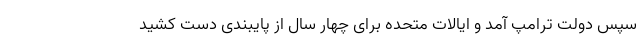
سپس دولت ترامپ آمد و ایالات متحده برای چهار سال از پایبندی دست کشید